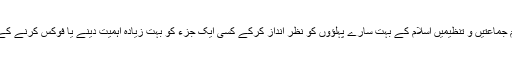
اور اگرمسلمانوں کا ہر ملک , ان کا ہرگروہ او رمعاشرہ , ان کی تمام جماعتیں و تنظیمیں اسلام کے بہت سارے پہلؤوں کو نظر انداز کرکے کسی ایک جزء کو بہت زیادہ اہمیت دینے یا فوکس کرنے کے بجائے اسلام کے کامل أجزاء یا مکمل اسلام پر مناسب توجہ دیتے۔